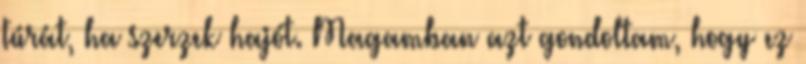
túrát, ha szerzek hajót. Magamban azt gondoltam, hogy ez